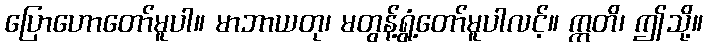
ပြောဟောတော်မူပါ။ မာဘာယတု၊ မတွန့်ရွံ့တော်မူပါလင့်။ ဣတိ၊ ဤသို့။